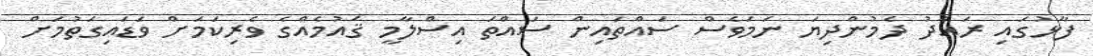
ފާޅުގައި ރައްދު ދެމުންދިޔަ ނަމަވެސް ސައްތައިން ސައްތަ އިސްލާމީ ޤައުމެއްގެ ވެރިކަމަށް ވަޑައިގަތުމަށް